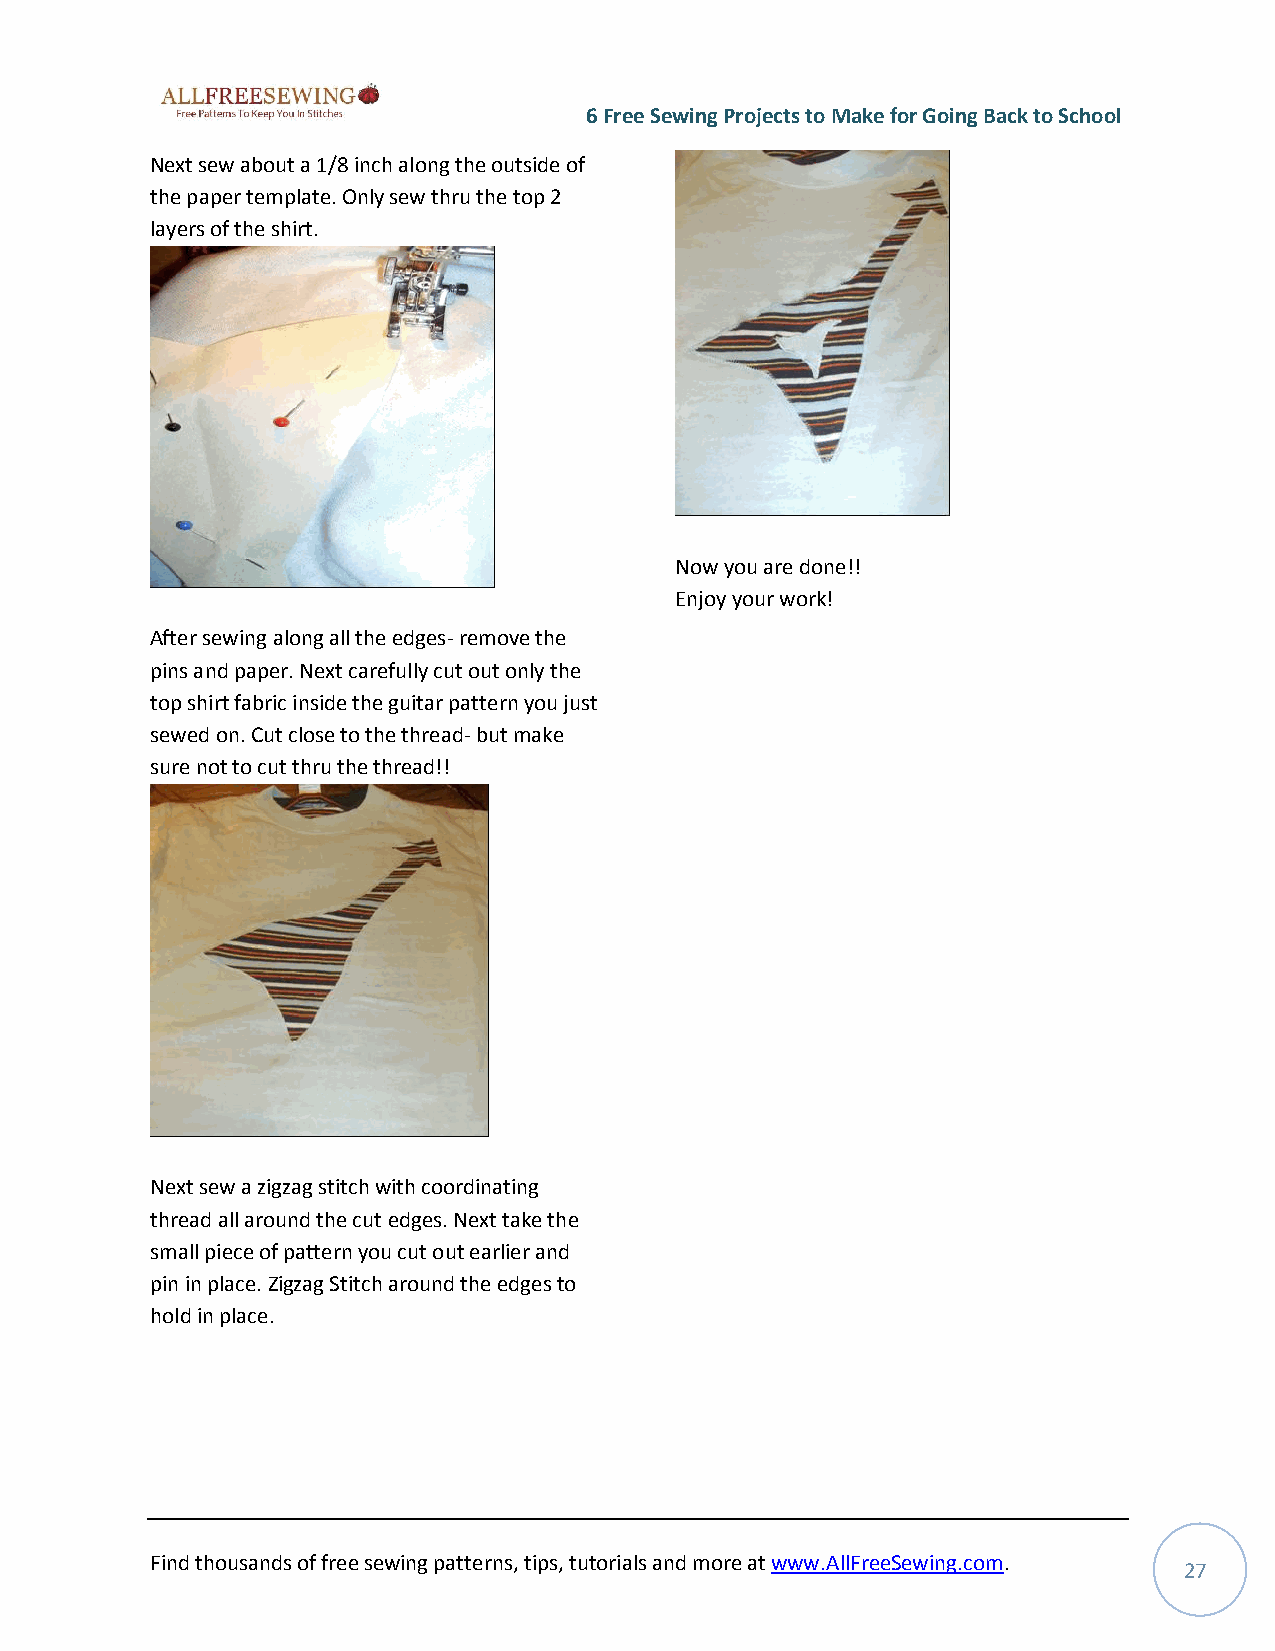
6 Free Sewing Projects to Make for Going Back to School
 Next sew about a 1/8 inch along the outside of
 the paper template. Only sew thru the top 2
 layers of the shirt.
 Now you are done!!
 Enjoy your work!
 After sewing along all the edges- remove the
 pins and paper. Next carefully cut out only the
 top shirt fabric inside the guitar pattern you just
 sewed on. Cut close to the thread- but make
 sure not to cut thru the thread!!
 Next sew a zigzag stitch with coordinating
 thread all around the cut edges. Next take the
 small piece of pattern you cut out earlier and
 pin in place. Zigzag Stitch around the edges to
 hold in place.
 Find thousands of free sewing patterns, tips, tutorials and more at www.AllFreeSewing.com.
 27